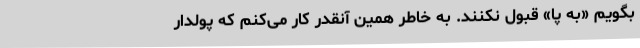
بگویم «به پا» قبول نکنند. به خاطر همین آنقدر کار می‌کنم که پولدار